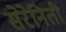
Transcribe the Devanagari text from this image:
सेरेनिती